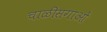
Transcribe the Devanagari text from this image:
चाळीसगाओं